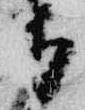
等